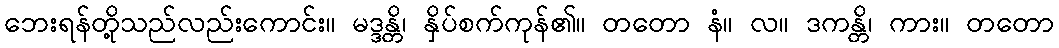
ဘေးရန်တို့သည်လည်းကောင်း။ မဒ္ဒန္တိ၊ နှိပ်စက်ကုန်၏။ တတော နံ။ လ။ ဒကန္တိ၊ ကား။ တတော